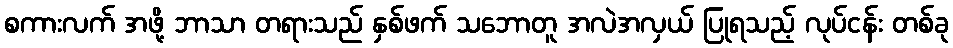
စကားလက် အဖို့ ဘာသာ တရားသည် နှစ်ဖက် သဘောတူ အလဲအလှယ် ပြုရသည့် လုပ်ငန်း တစ်ခု